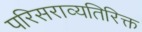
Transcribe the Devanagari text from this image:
परिसराव्यतिरिक्त